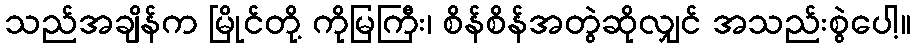
သည်အချိန်က မြိုင်တို့ ကိုမြကြီး၊ စိန်စိန်အတွဲဆိုလျှင် အသည်းစွဲပေါ့။